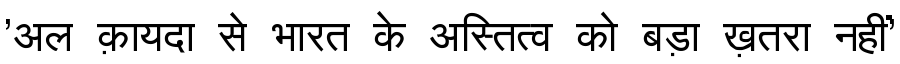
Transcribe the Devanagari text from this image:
'अल क़ायदा से भारत के अस्तित्व को बड़ा ख़तरा नहीं'